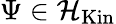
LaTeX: \Psi\in{\mathcal{H}}_{\mathrm{Kin}}